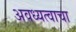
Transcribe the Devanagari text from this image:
अवध्यत्वाचा